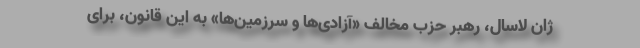
ژان لاسال، رهبر حزب مخالف «آزادی‌ها و سرزمین‌ها» به این قانون، برای